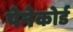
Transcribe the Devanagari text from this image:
पेनेकोर्ड